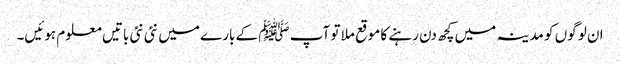
ا ن لو گوں کو مدینہ میں کچھ دن رہنے کا موقع ملا تو آپ ﷺ کے بارے میں نئی نئی باتیں معلوم ہوئیں۔